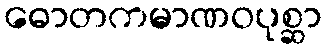
ဓောတကမာဏဝပုစ္ဆာ